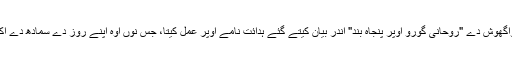
رنپوچے نے ایس معاملے وچ اشواگھوش دے "روحانی گورو اوپر پنجاہ بند" اندر بیان کیتے گئے ہدائت نامے اوپر عمل کیتا، جس نوں اوہ اپنے روز دے سمادھ دے اک انگ دے طور تے پڑھدے سان۔